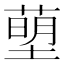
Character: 𮶰